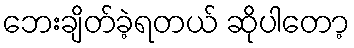
ဘေးချိတ်ခဲ့ရတယ် ဆိုပါတော့